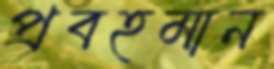
প্রবহমান